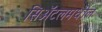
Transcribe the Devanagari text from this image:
सिॲटलमधील